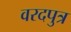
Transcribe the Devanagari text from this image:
वरदपुत्र